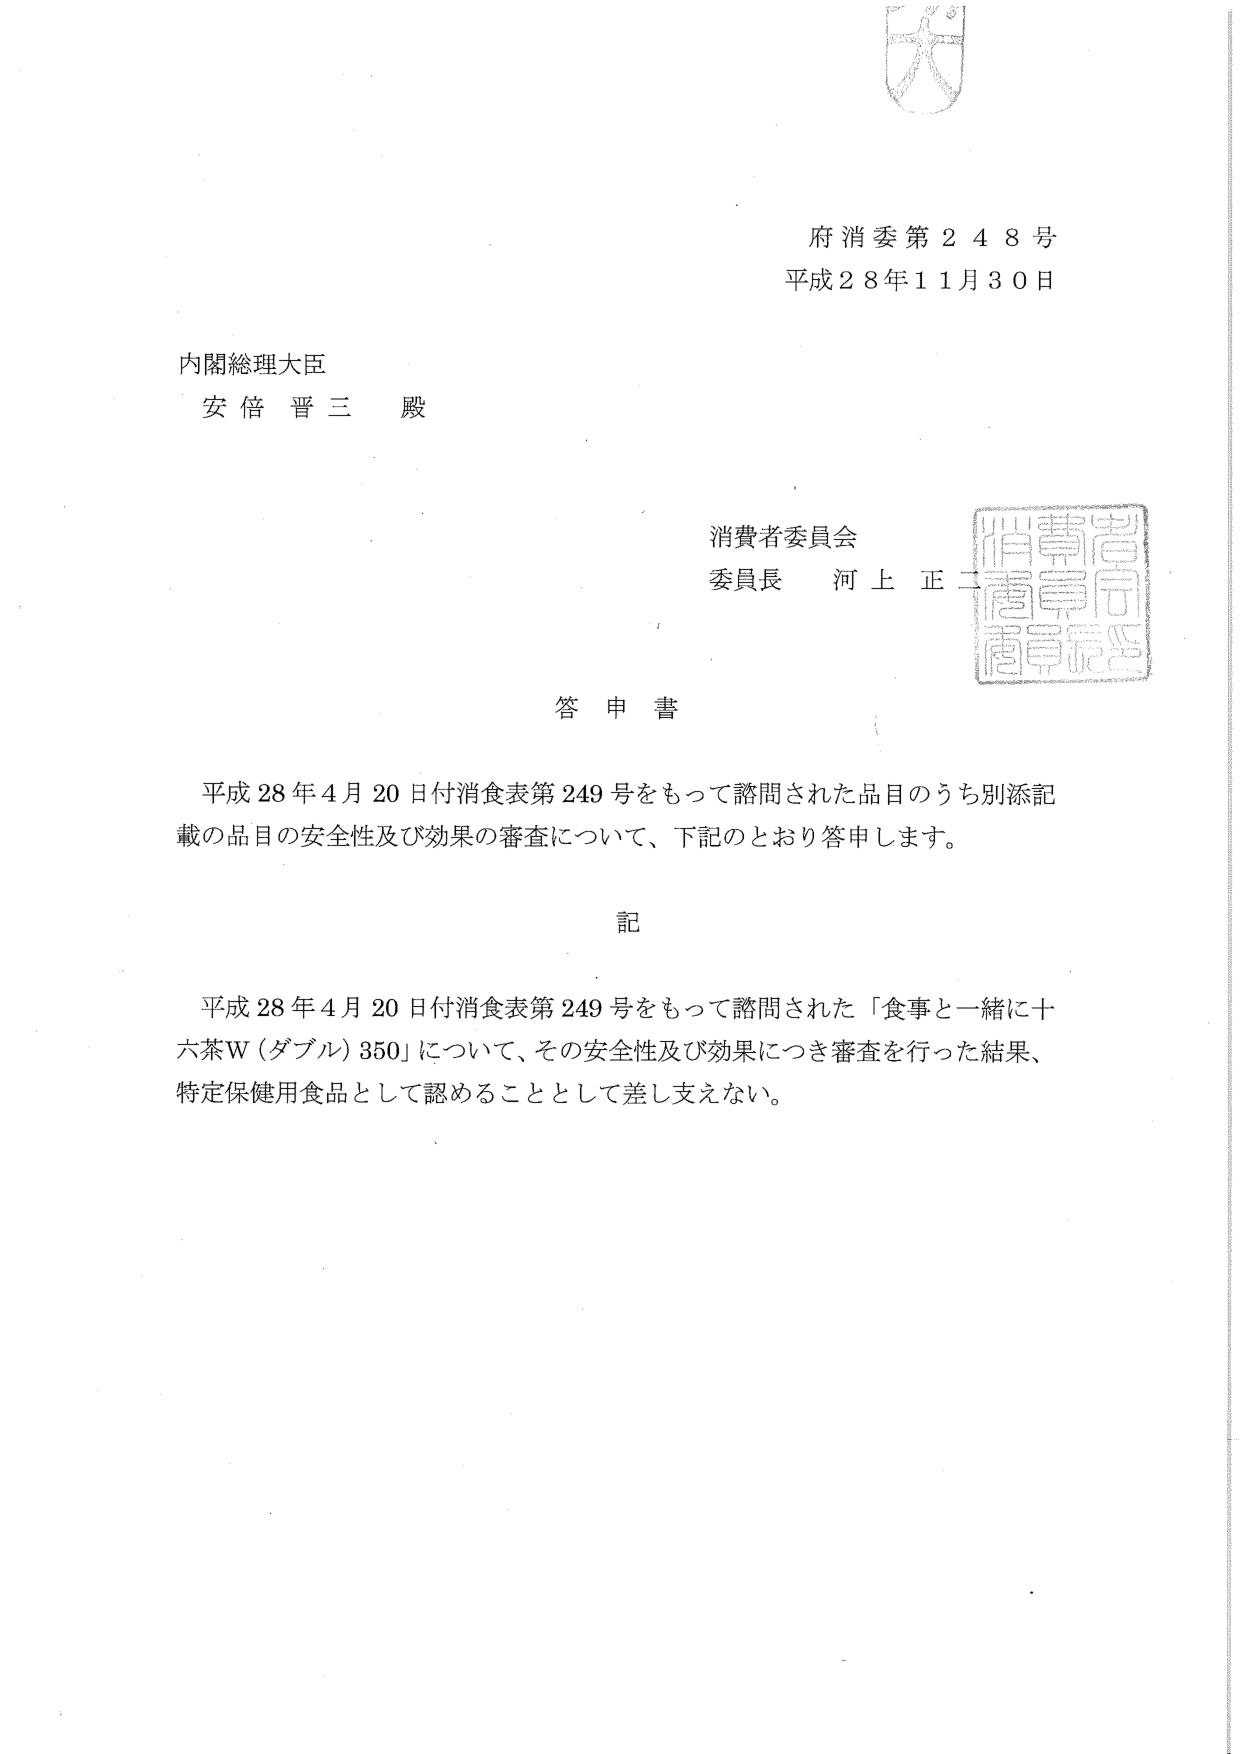
府消委第248号
平成28年11月30日

内閣総理大臣
安倍 晋三 殿

消費者委員会
委員長 河上 正二

答申書

平成28年4月20日付消食表第249号をもって諮問された品目のうち別添記載の品目の安全性及び効果の審査について、下記のとおり答申します。

記

平成28年4月20日付消食表第249号をもって諮問された「食事と一緒に十六茶W（ダブル）350」について、その安全性及び効果につき審査を行った結果、特定保健用食品として認めることとして差し支えない。